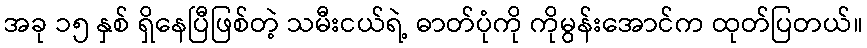
အခု ၁၅ နှစ် ရှိနေပြီဖြစ်တဲ့ သမီးငယ်ရဲ့ ဓာတ်ပုံကို ကိုမွန်းအောင်က ထုတ်ပြတယ်။